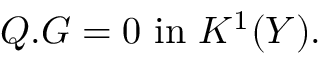
Q . G = 0 \, \, \mathrm { i n } \, \, K ^ { 1 } ( Y ) .